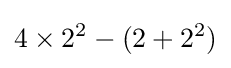
4\times 2^{2}-(2+2^{2})